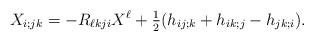
LaTeX: \begin{align*}X_{i;jk}=- R_{\ell kj i} X^\ell + \tfrac{1}{2} (h_{ij;k} + h_{ik;j} - h_{jk;i}).\end{align*}